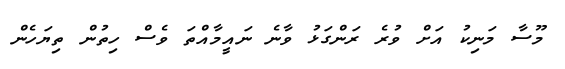
މޫސާ މަނިކު އަށް ވުރެ ރަންގަޅު ވާނެ ނައީމާއްތަ ވެސް ހިތުން ތިޔަހެން